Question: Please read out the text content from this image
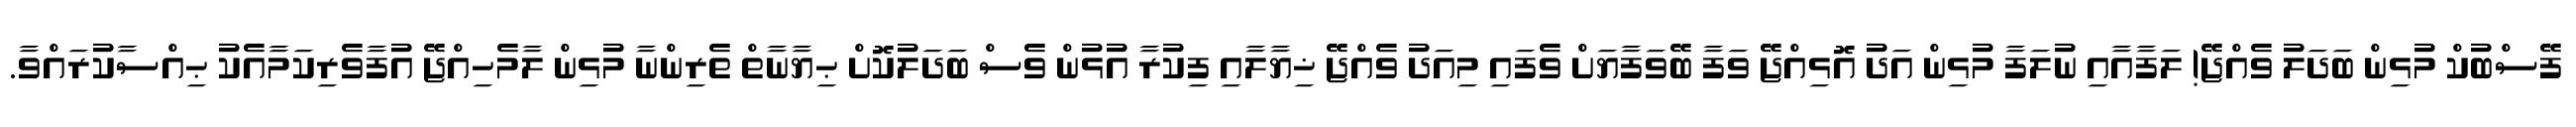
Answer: ފޭސްބުކް މުޅިން ބަދަލު ވެއްޖޭ! ލަފާއާއި ނުލަފާ މުޅިން އަދު އޮޅިއްޖޭ ވަފާ ބޭވަފާޔަށް ވެފައި މިއަދު ވެއްޖޭ ޚިޔާލާއި ފިކުރާ އުޅުން ވެސް ބަދަލުކޮށް ޙިޔާނާތް ތެރިންނާ މުޅިން ލާމެހިއްޖޭ އުފާވެރިކަމާއެކު ޙިއްސާކުރައްވާ.